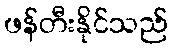
ဖန်တီးနိုင်သည်